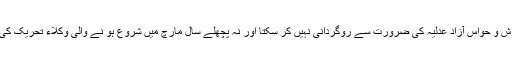
امر واقعہ یہ ہے کہ کوئی شخص بھی بقائمی ہوش و حواس آزاد عدلیہ کی ضرورت سے روگردانی نہیں کر سکتا اور نہ پچھلے سال مارچ میں شروع ہو نے والی وکلاء تحریک کی نیت اور مقاصد پر عذر اعتراض کر سکتا ہے۔